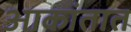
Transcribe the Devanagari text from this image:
आकांतात